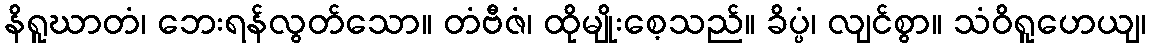
နိရူဃာတံ၊ ဘေးရန်လွတ်သော။ တံဗီဇံ၊ ထိုမျိုးစေ့သည်။ ခိပ္ပံ၊ လျင်စွာ။ သံဝိရူဟေယျ၊